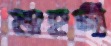
মাহদী